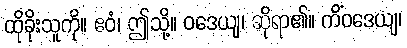
ထိုခိုးသူကို။ ဧဝံ၊ ဤသို့။ ဝဒေယျ၊ ဆိုရာ၏။ ကိံဝဒေယျ၊